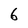
Character: 6